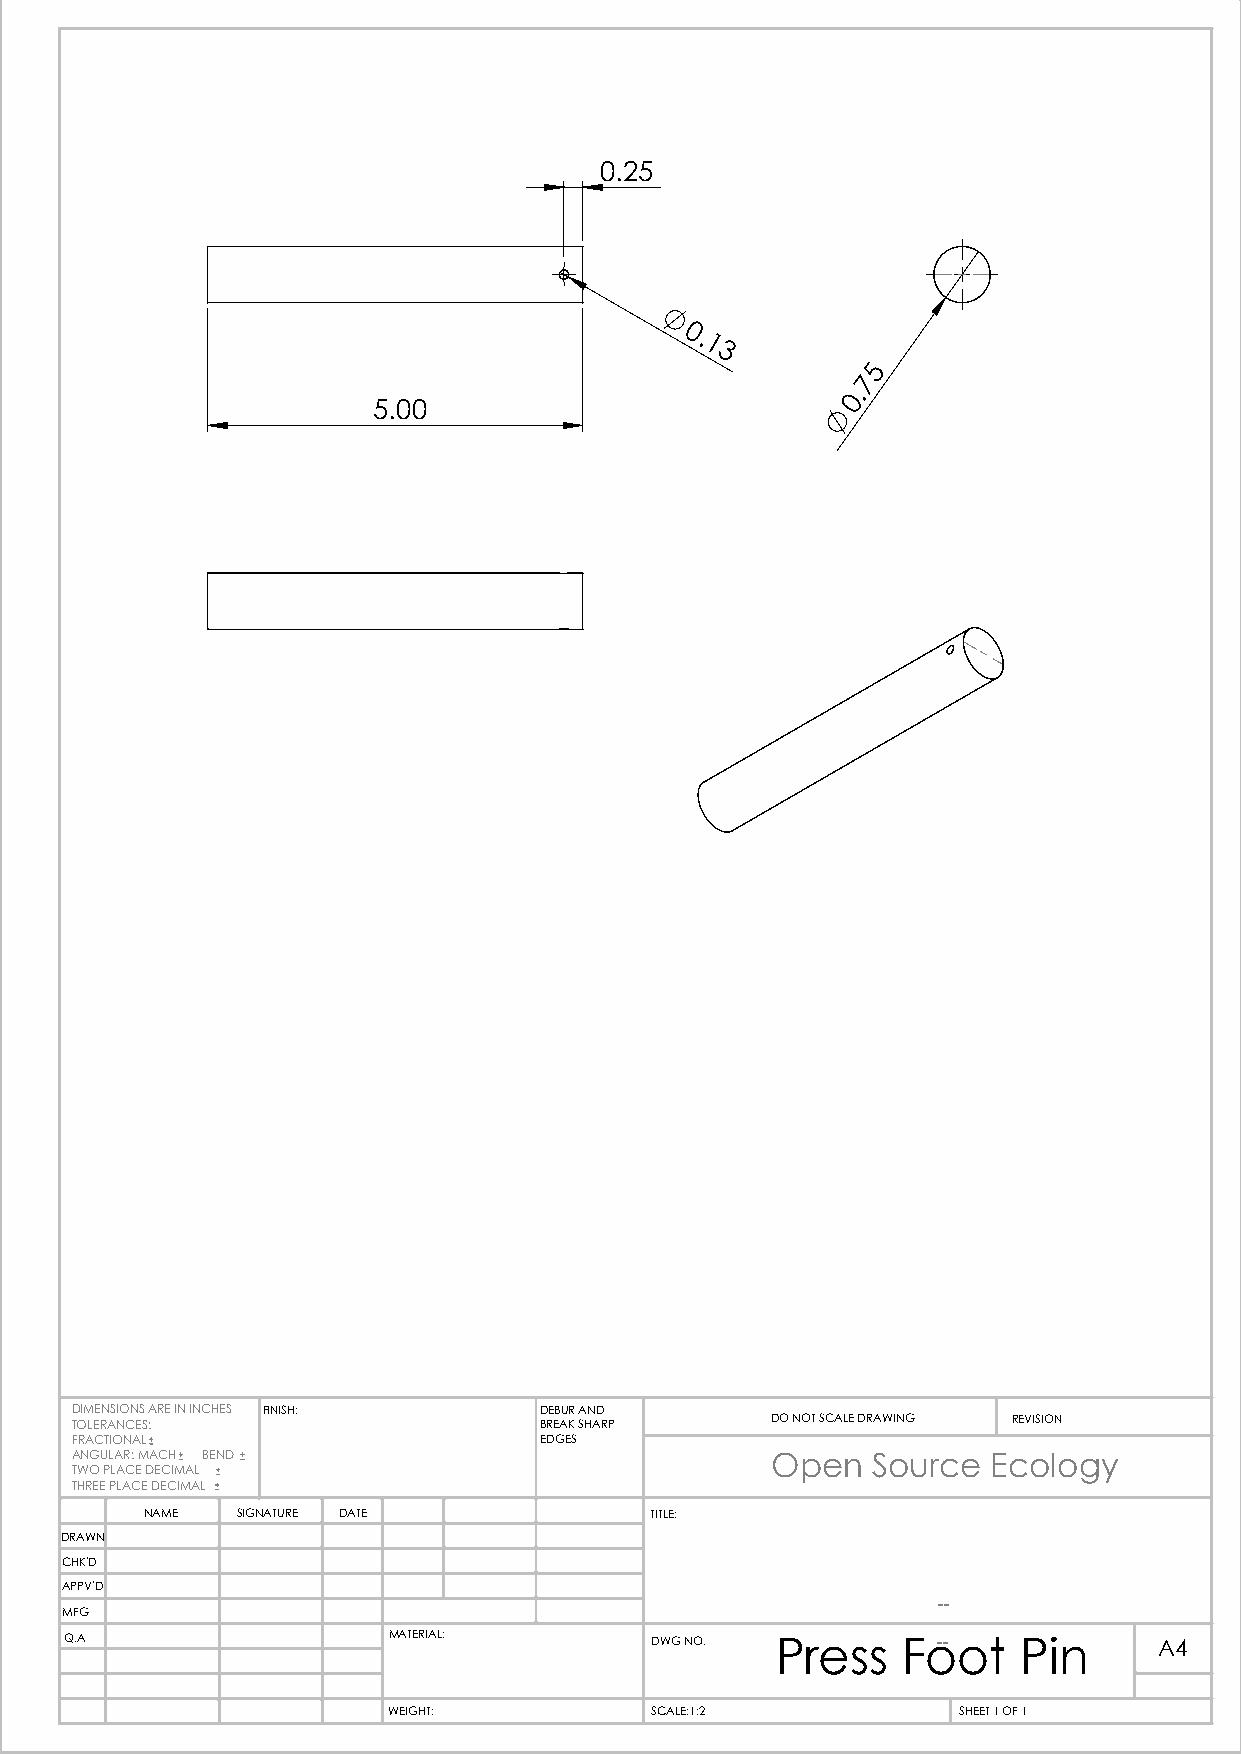
0.25
 0.
 1
 3
 5
 7
 0.
 5.00
 DIMENSIONS ARE IN INCHES FINISH: DEBUR AND
 TOLERANCES:                    BREAK SHARP    DO NOT SCALE DRAWING REVISION
 FRACTIONAL                     EDGES
 ANGULAR: MACH BEND                            Open   Source  Ecology
 TWO PLACE DECIMAL
 THREE PLACE DECIMAL
 NAME  SIGNATURE DATE             TITLE:
 DRAWN
 CHK'D
 APPV'D
 --
 MFG
 Q.A                   MATERIAL:        DWG NO. Press    Fo-- ot Pin      A4
 WEIGHT:          SCALE:1:2           SHEET 1 OF 1